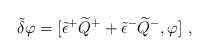
\begin{align*}\tilde{\delta} \varphi = [ \tilde{\epsilon}^+ \widetilde{Q}^+ +\tilde{\epsilon}^- \widetilde{Q}^- , \varphi ] ~,\end{align*}